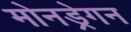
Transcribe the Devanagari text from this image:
मोनड्रेगन